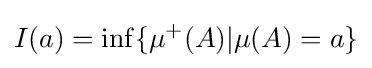
I(a)=\inf\{\mu ^{+}(A)|\mu (A)=a\}